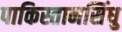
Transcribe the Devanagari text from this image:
पाकिस्तानसिंधु